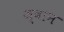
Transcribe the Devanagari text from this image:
ज्वान